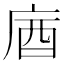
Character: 庮